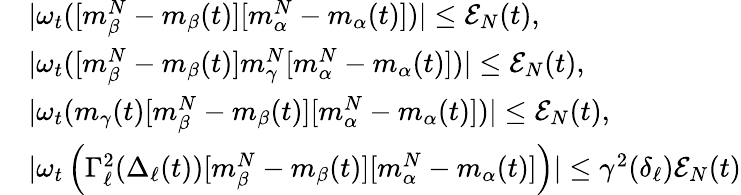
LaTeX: \begin{array}{rl}&{|\omega_{t}([m_{\beta}^{N}-m_{\beta}(t)][m_{\alpha}^{N}-m_{\alpha}(t)])|\le\mathcal{E}_{N}(t),}\\ &{|\omega_{t}([m_{\beta}^{N}-m_{\beta}(t)]m_{\gamma}^{N}[m_{\alpha}^{N}-m_{\alpha}(t)])|\le\mathcal{E}_{N}(t),}\\ &{|\omega_{t}(m_{\gamma}(t)[m_{\beta}^{N}-m_{\beta}(t)][m_{\alpha}^{N}-m_{\alpha}(t)])|\le\mathcal{E}_{N}(t),}\\ &{|\omega_{t}\left(\Gamma_{\ell}^{2}(\Delta_{\ell}(t))[m_{\beta}^{N}-m_{\beta}(t)][m_{\alpha}^{N}-m_{\alpha}(t)]\right)|\le\gamma^{2}(\delta_{\ell})\mathcal{E}_{N}(t)}\end{array}